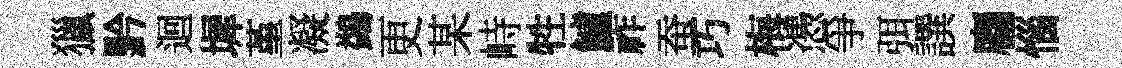
獵黔迴墀堇凝鷁更某峙牲鱸祚蚕巧梅慿爭弭譔麕惱